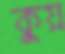
কুয়